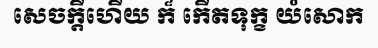
សេចក្តីហើយ ក៏ កើតទុក្ខ យំសោក